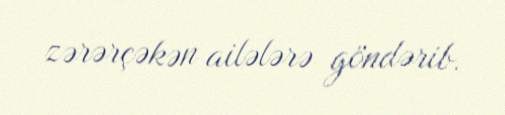
zərərçəkən ailələrə göndərib.